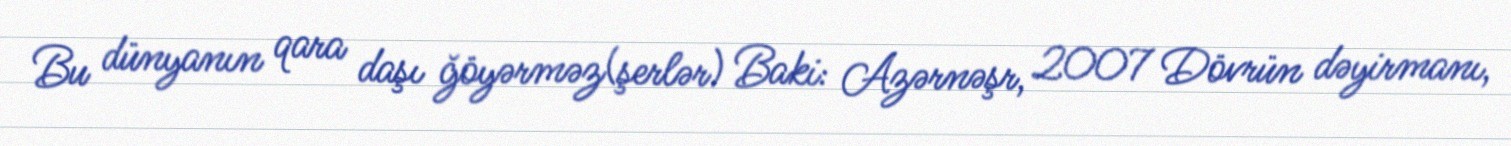
Bu dünyanın qara daşı ğöyərməz(şerlər) Baki: Azərnəşr, 2007 Dövrün dəyirmanı,